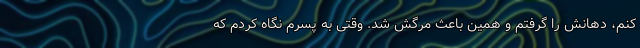
کنم، دهانش را گرفتم و همین باعث مرگش شد. وقتی به پسرم نگاه کردم که